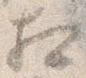
相